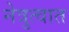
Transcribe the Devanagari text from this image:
नेत्रुत्वात